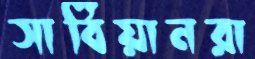
সার্বিয়ানরা